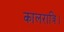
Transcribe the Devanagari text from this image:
कालरात्रि।